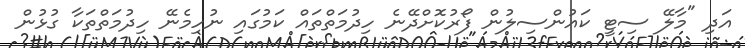
އަދި "މާލޭ ސިޓީ ކައުންސިލުން ފޯރުކޮށްދޭނެ ހިދުމަތްތައް ކަމުގައި ނުހިމެނޭ ހިދުމަތްތަކާ ގުޅުން